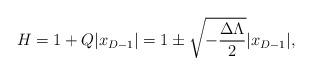
LaTeX: \begin{align*}H=1+Q|x_{D-1}|=1\pm\sqrt{-{{\Delta\Lambda}\over{2}}}|x_{D-1}|,\end{align*}